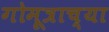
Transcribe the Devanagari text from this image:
गोमूत्राच्या